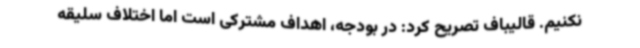
نکنیم. قالیباف تصریح کرد: در بودجه، اهداف مشترکی است اما اختلاف سلیقه